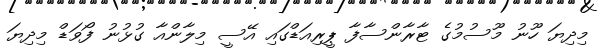
މިދިޔަ ހޫނު މޫސުމުގެ ޓާރާންސާފާ ޕީރިއަޑްގައި އޭސީ މިލާންއާ ގުޅުނު ފޯވަޑް މިދިޔަ